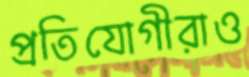
প্রতিযোগীরাও